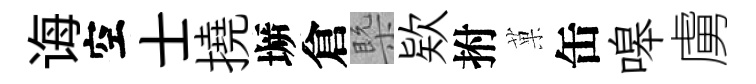
诲空士撓󶱲倉槩欵拊菓缶嗥虜